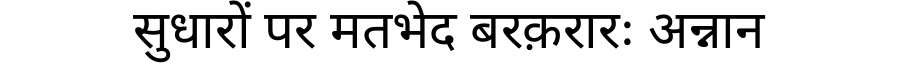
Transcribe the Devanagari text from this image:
सुधारों पर मतभेद बरक़रारः अन्नान